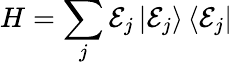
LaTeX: H=\sum_{j}\mathcal{E}_{j}\left|\mathcal{E}_{j}\right\rangle\left\langle\mathcal{E}_{j}\right|